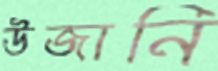
উজানি